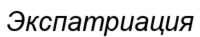
Экспатриация